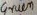
Text: Gruen